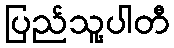
ပြည်သူ့ပါတီ